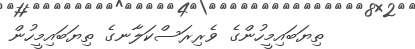
ތިޔަބައިމީހުންގެ ވެރިރަސްކަލާނގެ ތިޔަބައިމީހުން